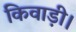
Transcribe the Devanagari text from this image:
किवाड़ी।